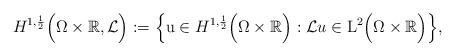
LaTeX: \begin{align*}H^{1,\frac{1}{2}}\Big(\Omega \times \mathbb{R},\mathcal{L}\Big) := \Big\{ \mathrm{u} \in H^{1,\frac{1}{2}}\Big(\Omega \times \mathbb{R}\Big) : \mathcal{L}u \in \mathrm{L}^2\Big(\Omega \times \mathbb{R}\Big)\Big\},\end{align*}